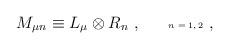
LaTeX: \begin{align*}M_{\mu n} \equiv L_{\mu} \otimes R_{n}~,~~~~~\mbox{\tiny $n=1,2$}~,\end{align*}